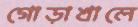
গোড়াখালে